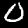
Label: 0